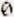
0